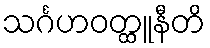
သင်္ဂဟဝတ္ထူနီတိ